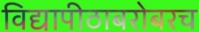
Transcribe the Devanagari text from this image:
विद्यापीठाबरोबरच